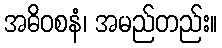
အဓိဝစနံ၊ အမည်တည်း။